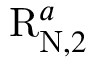
\mathrm { R } _ { \mathrm { N } , 2 } ^ { a }